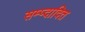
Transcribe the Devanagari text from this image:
सम्प्दादित